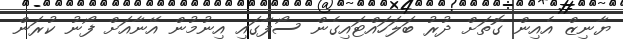
ޔާނިޒް އެއިން ގޮތަށް ދުރު ބަލަހައްޓައިގެން ސޯފާގައި އިނުމުން އޭނާއަށް ފޯނު ކުރަން